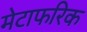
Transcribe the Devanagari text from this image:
मेटाफरिक